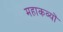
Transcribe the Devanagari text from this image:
महाकव्यों